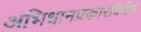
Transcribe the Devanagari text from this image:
अभिधानप्रकारविशेष